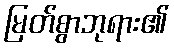
မြတ်စွာဘုရား၏